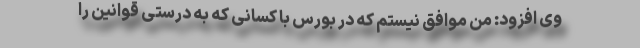
وی افزود: من موافق نیستم که در بورس با کسانی که به درستی قوانین را